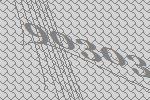
90303